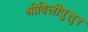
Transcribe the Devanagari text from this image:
श्रीविलीपुत्तुर